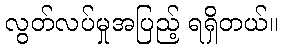
လွတ်လပ်မှုအပြည့် ရရှိတယ်။